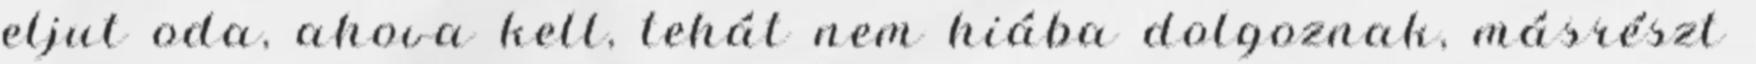
eljut oda, ahova kell, tehát nem hiába dolgoznak, másrészt